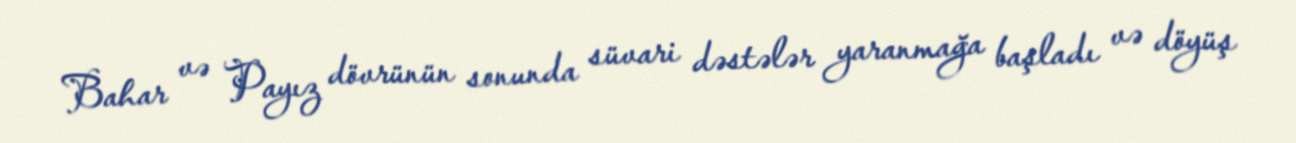
Bahar və Payız dövrünün sonunda süvari dəstələr yaranmağa başladı və döyüş